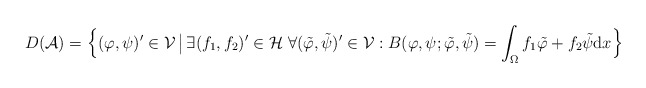
\begin{align*}D(\mathcal{A}) = \Big\{(\varphi, \psi)' \in \mathcal{V} \,\big|\,\exists (f_{1}, f_{2})' \in \mathcal{H} \; \forall (\tilde{\varphi}, \tilde{\psi})' \in \mathcal{V}:B(\varphi, \psi; \tilde{\varphi}, \tilde{\psi}) = \int_{\Omega} f_{1} \tilde{\varphi} + f_{2} \tilde{\psi} \mathrm{d} x \Big\}\end{align*}